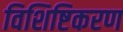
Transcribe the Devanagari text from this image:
विशिष्टिकरण